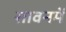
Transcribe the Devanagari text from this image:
सावनमें